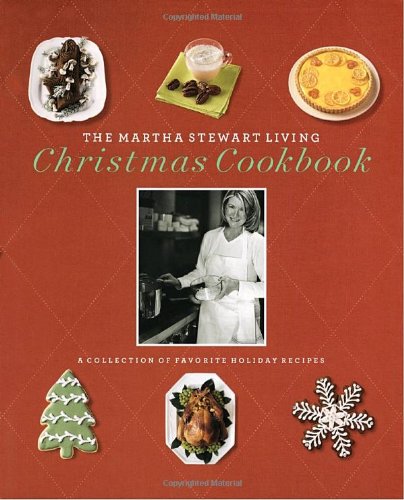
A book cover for The Martha Stewart Living Christmas Cookbook; Martha Stewart Living Magazine; Cookbooks, Food & Wine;